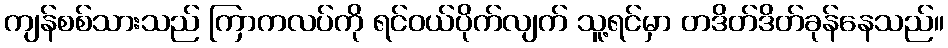
ကျန်စစ်သားသည် ကြာကလပ်ကို ရင်ဝယ်ပိုက်လျက် သူ့ရင်မှာ တဒိတ်ဒိတ်ခုန်နေသည်။